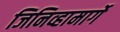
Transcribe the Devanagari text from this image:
जिनिव्हामार्गे